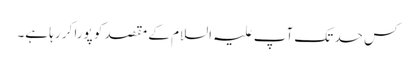
کس حد تک آپ علیہ السلام کے مقصد کو پورا کر رہا ہے۔